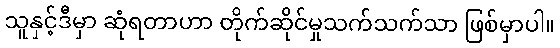
သူနှင့်ဒီမှာ ဆုံရတာဟာ တိုက်ဆိုင်မှုသက်သက်သာ ဖြစ်မှာပါ။